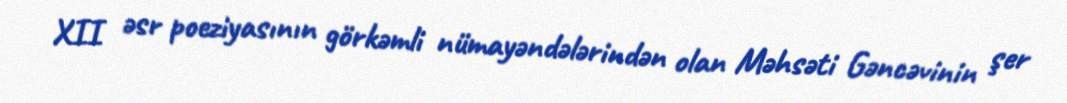
XII əsr poeziyasının görkəmli nümayəndələrindən olan Məhsəti Gəncəvinin şer